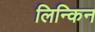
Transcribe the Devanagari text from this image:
लिन्किन